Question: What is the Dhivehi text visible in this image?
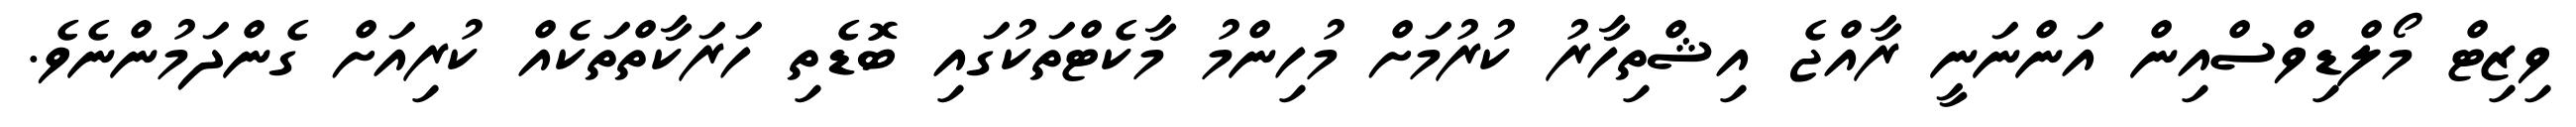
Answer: ވިޒިޓް މޯލްޑިވްސްއިން އަންނަނީ ރާއްޖެ އިޝްތިހާރު ކުރުމަށް މުހިންމު މާކެޓްތަކުގައި ބޮޑެތި ހަރަކާތްތަކެއް ކުރިއަށް ގެންދަމުންނެވެ.